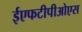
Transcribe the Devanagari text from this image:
ईएफटीपीओएस